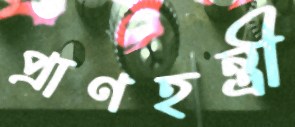
প্রাণহন্ত্রী